Report on horse surra - Volume I
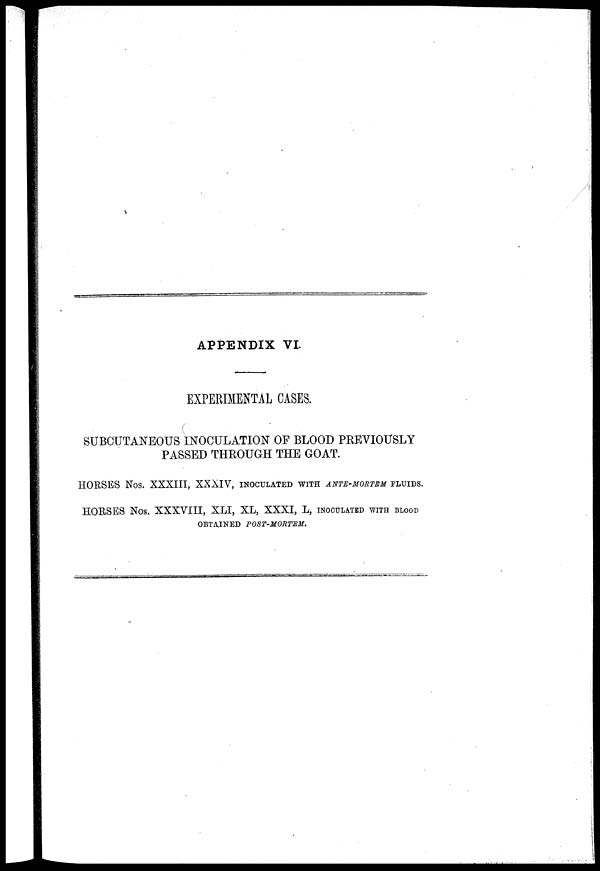
APPENDIX VI.
EXPERIMENTAL CASES.
SUBCUTANEOUS INOCULATION OF BLOOD PREVIOUSLY
PASSED THROUGH THE GOAT.
HORSES Nos. XXXIII, XXXIV, inoculated with ante-mortem fluids.
HORSES Nos. XXXVIII, XLI, XL, XXXI, L, inoculated with blood
OBTAINED POST-MORTEM.